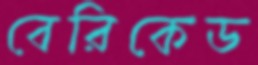
বেরিকেড